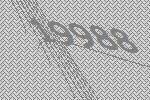
19988